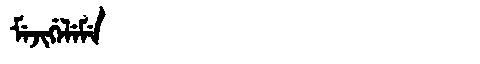
Manchu: ᠮᡝᠵᡳᡤᡝᠯᡝᠮᡝ
Romanization: MEJIGELEME